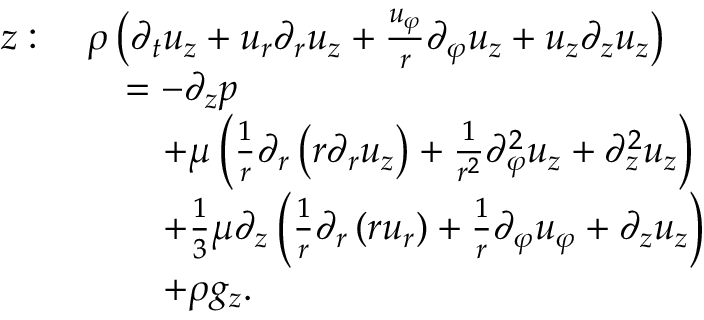
{ \begin{array} { r l } { z : \ } & { \rho \left( { \partial _ { t } u _ { z } } + u _ { r } { \partial _ { r } u _ { z } } + { \frac { u _ { \varphi } } { r } } { \partial _ { \varphi } u _ { z } } + u _ { z } { \partial _ { z } u _ { z } } \right) } \\ & { \quad = - { \partial _ { z } p } } \\ & { \qquad + \mu \left( { \frac { 1 } { r } } \partial _ { r } \left( r { \partial _ { r } u _ { z } } \right) + { \frac { 1 } { r ^ { 2 } } } { \partial _ { \varphi } ^ { 2 } u _ { z } } + { \partial _ { z } ^ { 2 } u _ { z } } \right) } \\ & { \qquad + { \frac { 1 } { 3 } } \mu \partial _ { z } \left( { \frac { 1 } { r } } { \partial _ { r } \left( r u _ { r } \right) } + { \frac { 1 } { r } } { \partial _ { \varphi } u _ { \varphi } } + { \partial _ { z } u _ { z } } \right) } \\ & { \qquad + \rho g _ { z } . } \end{array} }